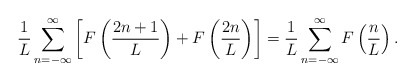
\begin{align*}\frac{1}{L} \sum_{n=-\infty }^{\infty } \left[ F \left( \frac{2n+1}{L}\right) + F \left( \frac{2n}{L} \right) \right] = \frac{1}{L}\sum_{n=-\infty}^{\infty } F \left( \frac{n}{L} \right).\end{align*}